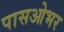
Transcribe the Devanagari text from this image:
पासओभर